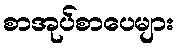
စာအုပ်စာပေများ